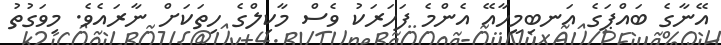
އޭނާގެ ބައްޕަގެ އަނބިމީހާއޭ އެންމެ ފަހަރަކު ވެސް މާކިލްގެ ހިތަކަށް ނާރައެވެ. މިވަގުތު